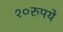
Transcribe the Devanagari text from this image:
१०रुपये